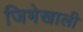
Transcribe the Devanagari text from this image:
जिभेखाली